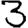
Digit: 3